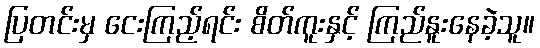
ပြတင်းမှ ငေးကြည့်ရင်း စိတ်ကူးနှင့် ကြည်နူးနေခဲ့သူ။